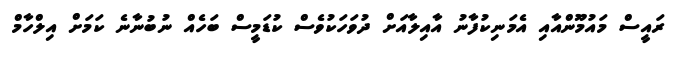
ރައީސް މައުމޫންއާއި އެމަނިކުފާނު އާއިލާއަށް ދުވަހަކުވެސް ކުޑަމީސް ބަހެއް ނުބުނާނެ ކަމަށް އިލްހާމް